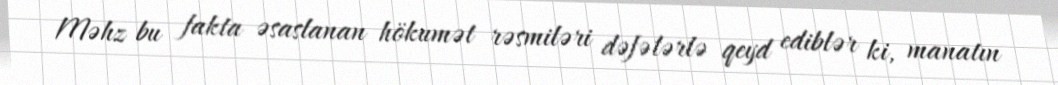
Məhz bu fakta əsaslanan hökumət rəsmiləri dəfələrlə qeyd ediblər ki, manatın